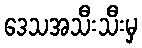
ဒေသအသီးသီးမှ